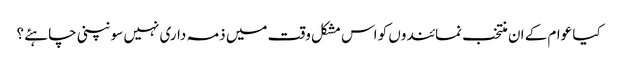
کیا عوام کے ان منتخب نمائندوں کو اس مشکل وقت میں ذمہ داری نہیں سونپنی چاہئے ؟